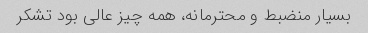
بسیار منضبط و محترمانه، همه چیز عالی بود تشکر